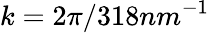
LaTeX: k=2\pi/318nm^{-1}